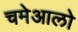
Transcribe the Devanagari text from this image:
चमेआलो